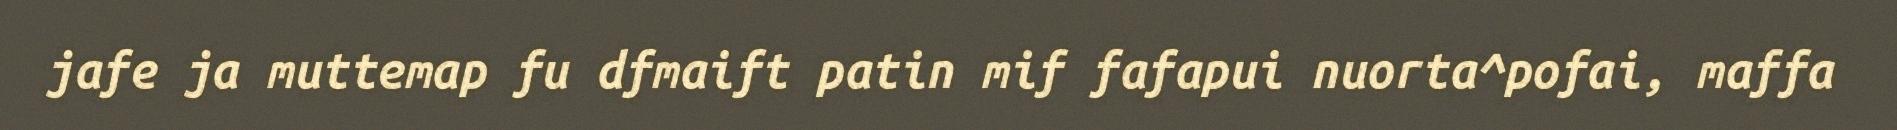
jafe ja muttemap fu dfmaift patin mif fafapui nuorta^pofai, maffa